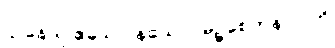
ဌာနေသု ဧသေဝ နယော။ မုဉ္စစေတနာပိ ဟိ